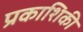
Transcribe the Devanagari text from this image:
प्रकाशिकी